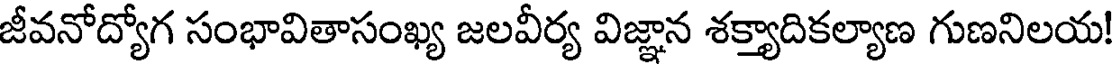
జీవనోద్యోగ సంభావితాసంఖ్య జలవీర్య విజ్ఞాన శక్త్యాదికల్యాణ గుణనిలయ!